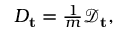
\begin{array} { r } { D _ { \mathbf { t } } = \frac { 1 } { m } \mathcal { D } _ { \mathbf { t } } , } \end{array}